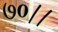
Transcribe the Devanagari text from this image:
७०।।